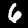
Digit: 6